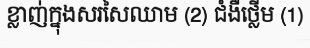
ខ្លាញ់ក្នុងសរសៃឈាម (2) ជំងឺថ្លើម (1)